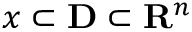
x \subset { \mathbf { D } } \subset { \mathbf { R } } ^ { n }